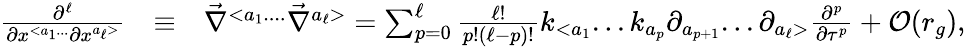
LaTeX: \begin{array}{rlr}{\frac{\partial^{\ell}}{\partial x^{<a_{1}...}\partial x^{a_{\ell}>}}}&{\equiv}&{{\vec{\nabla}}^{<a_{1}....}{\vec{\nabla}}^{a_{\ell}>}=\sum_{p=0}^{\ell}\frac{\ell!}{p!(\ell-p)!}k_{<a_{1}}...k_{a_{p}}\partial_{a_{p+1}}...\partial_{a_{\ell}>}\frac{\partial^{p}}{\partial\tau^{p}}+{\cal O}(r_{g}),}\end{array}